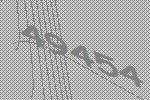
49454